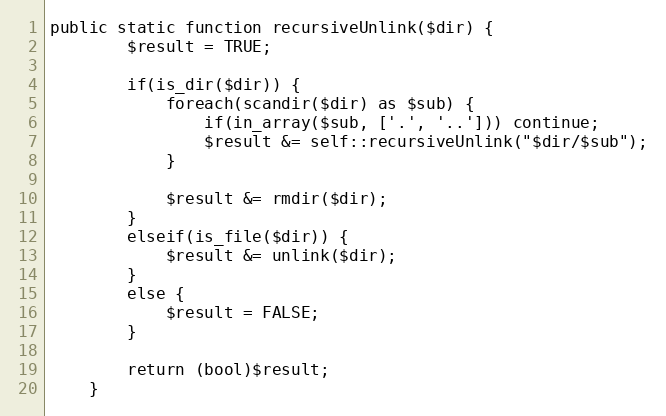
Language: PHP
public static function recursiveUnlink($dir) {
        $result = TRUE;

        if(is_dir($dir)) {
            foreach(scandir($dir) as $sub) {
                if(in_array($sub, ['.', '..'])) continue;
                $result &= self::recursiveUnlink("$dir/$sub");
            }

            $result &= rmdir($dir);
        }
        elseif(is_file($dir)) {
            $result &= unlink($dir);
        }
        else {
            $result = FALSE;
        }

        return (bool)$result;
    }